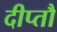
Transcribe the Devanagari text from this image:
दीप्तौ